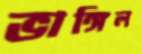
ভাঙ্গিল